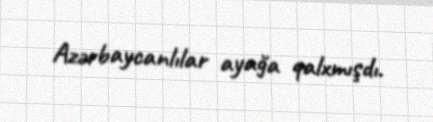
Azərbaycanlılar ayağa qalxmışdı.